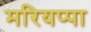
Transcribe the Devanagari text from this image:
मरियप्पा